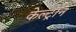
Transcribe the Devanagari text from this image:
केल्ट्रॉन